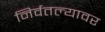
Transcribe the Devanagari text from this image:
निर्वतल्यावर